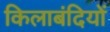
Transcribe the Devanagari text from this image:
किलाबंदियों